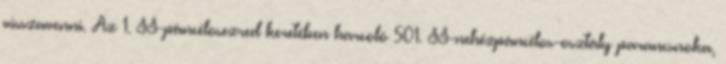
visszavenni. Az 1. SS-páncélosezred keretében harcoló 501. SS-nehézpáncélos-osztály parancsnoka,